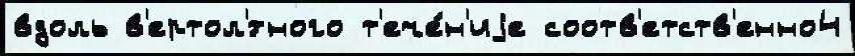
вдоль в'ертол'́тного т'ече́н'иjе соотв'етств'енно4